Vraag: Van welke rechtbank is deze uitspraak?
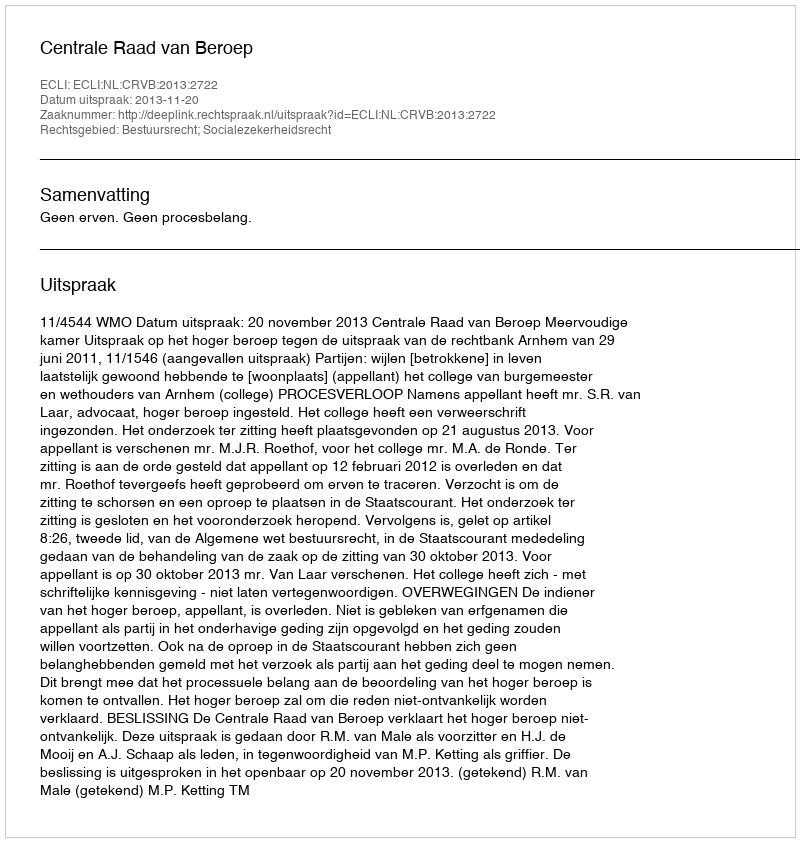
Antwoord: Centrale Raad van Beroep